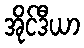
အိုင်ဒီယာ